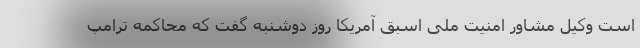
است وکیل مشاور امنیت ملی اسبق آمریکا روز دوشنبه گفت که محاکمه ترامپ